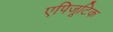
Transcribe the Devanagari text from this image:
एपिजूटिक